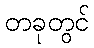
တခုတွင်